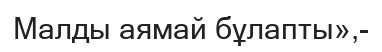
Малды аямай бұлапты»,-